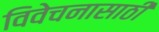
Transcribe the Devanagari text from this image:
विवेचनासाठी